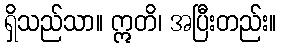
ရှိသည်သာ။ ဣတိ၊ အပြီးတည်း။